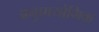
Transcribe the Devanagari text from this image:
अनुप्रायोगिक